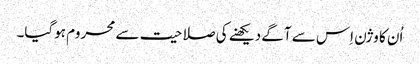
اُن کا وژن اِس سے آگے دیکھنے کی صلاحیت سے محروم ہوگیا۔